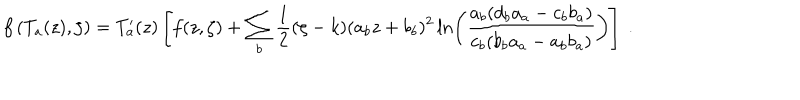
f \left( T _ { a } ( z ) , \zeta \right) = T _ { a } ^ { \prime } ( z ) \left[ f ( z , \zeta ) + \sum _ { b } \frac { 1 } { 2 } ( \zeta - k ) ( a _ { b } z + b _ { b } ) ^ { 2 } \ln \left( \frac { a _ { b } ( d _ { b } a _ { a } - c _ { b } b _ { a } ) } { c _ { b } ( b _ { b } a _ { a } - a _ { b } b _ { a } ) } \right) \right] \ .